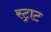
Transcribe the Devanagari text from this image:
स्ट्राट